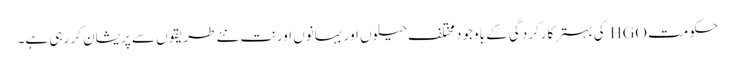
حکومت HGO کی بہتر کارکردگی کے باوجود مختلف حیلوں اور بہانوں اور نت نئے طریقوں سے پریشان کر رہی ہے۔